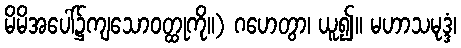
မိမိအပေါ်၌ကျသောဝတ္ထုကို။) ဂဟေတွာ၊ ယူ၍။ မဟာသမုဒ္ဒံ၊